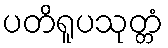
ပတိရူပသုတ္တံ